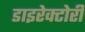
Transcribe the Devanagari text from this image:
डाइरेक्टोरी